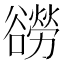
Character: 𧯍